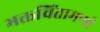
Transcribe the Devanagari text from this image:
भक्तचिंतामणी